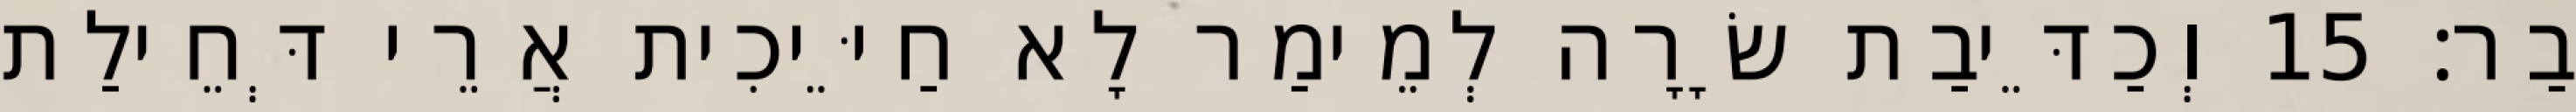
בַר׃ 15 וְכַדֵּיבַת שָׂרָה לְמֵימַר לָא חַיֵּיכִית אֲרֵי דְּחֵילַת